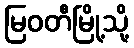
မြဝတီမြို့သို့